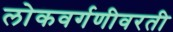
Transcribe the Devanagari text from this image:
लोकवर्गणीवरती